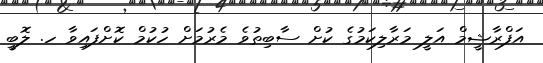
އަފްރާޝީމް އަލީ މަރާލިކަމުގެ ކުށް ސާބިތުވެ މެރުމަށް ހުކުމް ކޮށްފައިވާ ހ. ލޮބީ